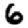
Digit: 6